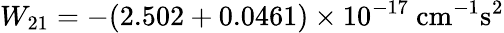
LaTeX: W_{21}=-(2.502+0.0461)\times 10^{-17}~\mathrm{cm^{-1}s^{2}}